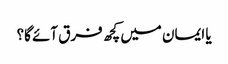
یا ایمان میں کچھ فرق آئے گا؟